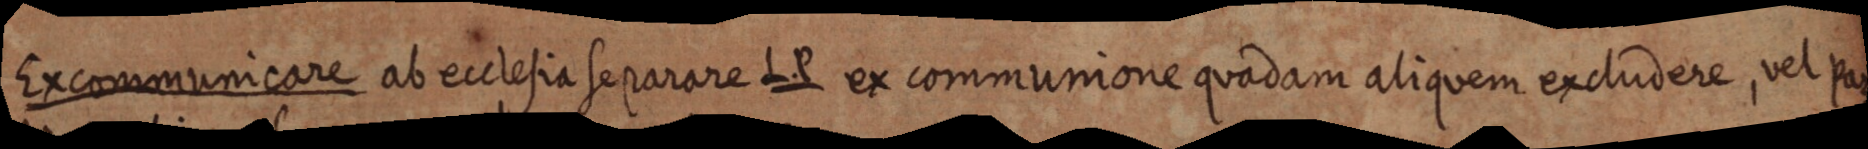
Excommunicare ab ecclesia separare L. P ex communione quadam aliquem excludere, vel par